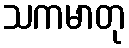
သကမာတု